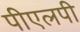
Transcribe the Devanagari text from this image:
पीएलपी